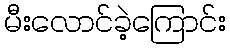
မီးလောင်ခဲ့ကြောင်း